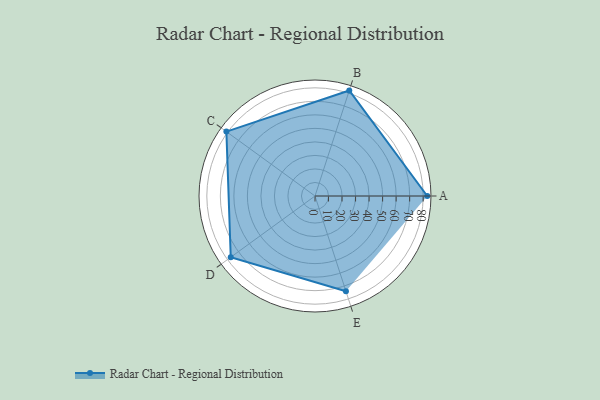
{"axis": {"x": "Skill", "y": "Score"}, "legend": ["Profile"], "data": [{"x": "A", "y": 83.0, "type": "Profile"}, {"x": "B", "y": 82.0, "type": "Profile"}, {"x": "C", "y": 81.0, "type": "Profile"}, {"x": "D", "y": 77.0, "type": "Profile"}, {"x": "E", "y": 74.0, "type": "Profile"}]}